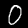
Digit: 0